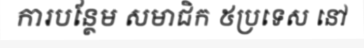
ការបន្ថែម សមាជិក ៥ប្រទេស នៅ